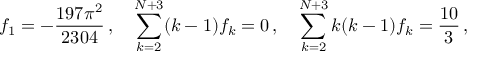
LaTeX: f _ { 1 } = - \frac { 1 9 7 \pi ^ { 2 } } { 2 3 0 4 } \, , \quad \sum _ { k = 2 } ^ { N + 3 } ( k - 1 ) f _ { k } = 0 \, , \quad \sum _ { k = 2 } ^ { N + 3 } k ( k - 1 ) f _ { k } = \frac { 1 0 } 3 \, ,